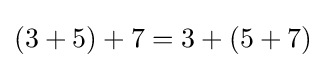
(3+5)+7=3+(5+7)